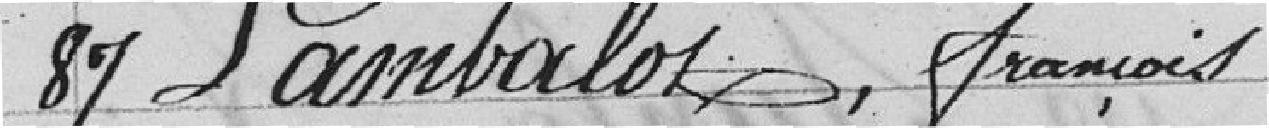
87 Lambalot, François